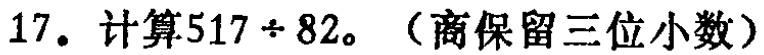
17. 计算\(517\div 82\)。（商保留三位小数）